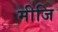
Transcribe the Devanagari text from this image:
मीजि